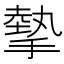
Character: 摰